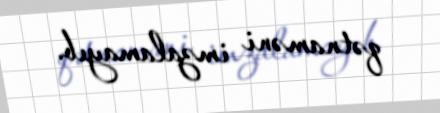
qətnaməni imzalamayıb.